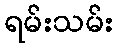
ရမ်းသမ်း